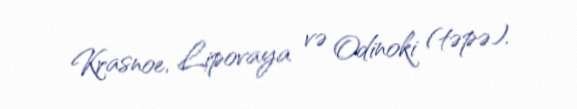
Krasnoe, Lipovaya və Odinoki (təpə).